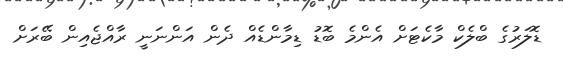
ޑޮލަރުގެ ބްލެކް މާކެޓަށް އެންމެ ބޮޑު ޑިމާންޑެއް ދެން އަންނަނީ ރާއްޖެއިން ބޭރަށް